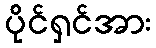
ပိုင်ရှင်အား